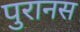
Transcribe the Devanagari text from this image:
पुरानस